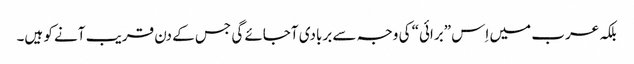
بلکہ عرب میں اِس ”برائی“ کی وجہ سے بربادی آجائے گی جس کے دن قریب آنے کو ہیں۔